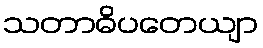
သတာဓိပတေယျာ